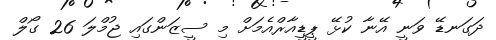
ދަގަނޑޭ ވަނީ އޭނާ ކުޅޭ ޕީޑީއާރްއެމަށް މި ސީޒަންގައި ޖުމްލަ 26 ގޯލް